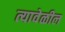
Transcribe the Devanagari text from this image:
त्यावेळील